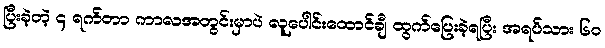
ပြီးခဲ့တဲ့ ၄ ရက်တာ ကာလအတွင်းမှာပဲ လူပေါင်းထောင်ချီ ထွက်ပြေးခဲ့ရပြီး အရပ်သား ၆၀